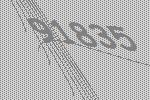
91835